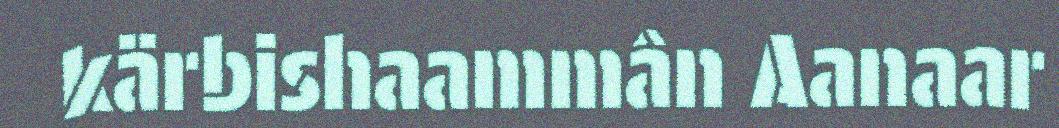
kärbishaammân Aanaar